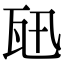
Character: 𤬫